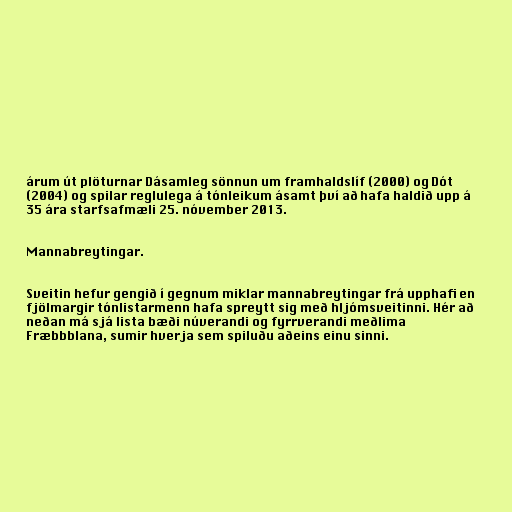
árum út plöturnar Dásamleg sönnun um framhaldslíf (2000) og Dót
(2004) og spilar reglulega á tónleikum ásamt því að hafa haldið upp á
35 ára starfsafmæli 25. nóvember 2013.

Mannabreytingar.

Sveitin hefur gengið í gegnum miklar mannabreytingar frá upphafi en
fjölmargir tónlistarmenn hafa spreytt sig með hljómsveitinni. Hér að
neðan má sjá lista bæði núverandi og fyrrverandi meðlima
Fræbbblana, sumir hverja sem spiluðu aðeins einu sinni.